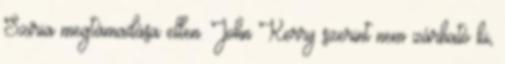
Szíria megtámadása ellen. John Kerry szerint nem zárható ki,